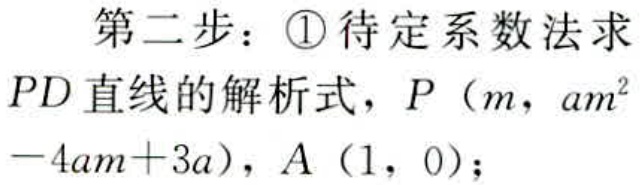
第二步：\textcircled{1}待定系数法求
\(PD\)直线的解析式，\(P\left(m,am^{2}-4am + 3a\right)\)，\(A(1,0)\)；